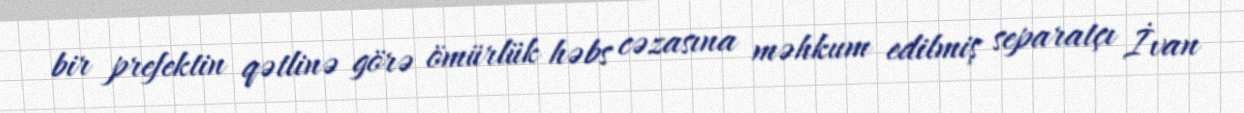
bir prefektin qətlinə görə ömürlük həbs cəzasına məhkum edilmiş separatçı İvan